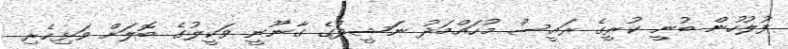
ފުލުހުން ބުނީ ކުރީގެ ރައީސް މުހައްމަދު ނަޝީދުގެ ގާނޫނީ ވަކީލުގެ ބޮލަށް ވަޅިހެރި